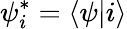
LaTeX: \psi_{i}^{*}=\langle\psi|i\rangle